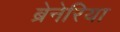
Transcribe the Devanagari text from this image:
ब्रेनेरिया